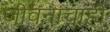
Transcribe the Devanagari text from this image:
जीवनाचाही